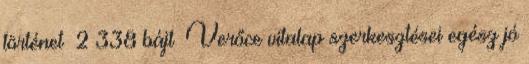
történet ‎ 2 338 bájt ‎Verőce vitalap szerkesztései egész jó